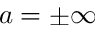
a = \pm \infty